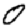
Digit: 0